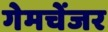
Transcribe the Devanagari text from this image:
गेमचेंजर